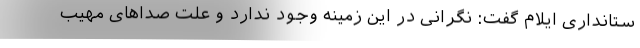
ستانداری ایلام گفت: نگرانی در این زمینه وجود ندارد و علت صداهای مهیب